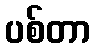
ပစ်တာ